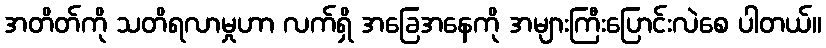
အတိတ်ကို သတိရလာမှုဟာ လက်ရှိ အခြေအနေကို အများကြီးပြောင်းလဲစေ ပါတယ်။